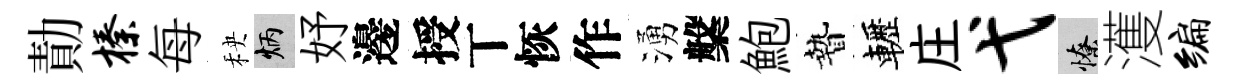
勣榛每秧炳妤邊授丅恢作湧槃鮑贄轣庄弋憭濩编